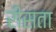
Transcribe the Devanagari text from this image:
रीसता